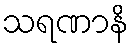
သရဏာနိ